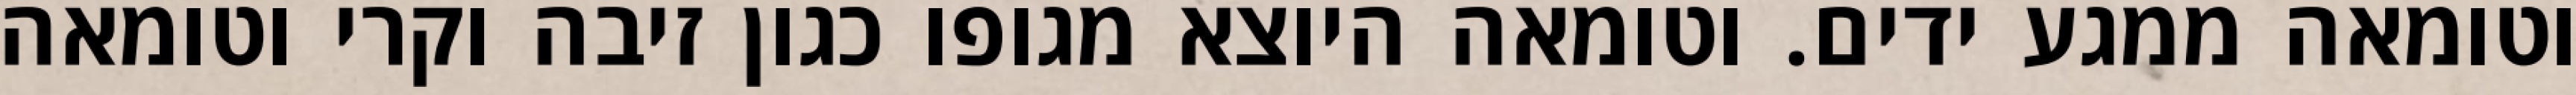
וטומאה ממגע ידים. וטומאה היוצא מגופו כגון זיבה וקרי וטומאה